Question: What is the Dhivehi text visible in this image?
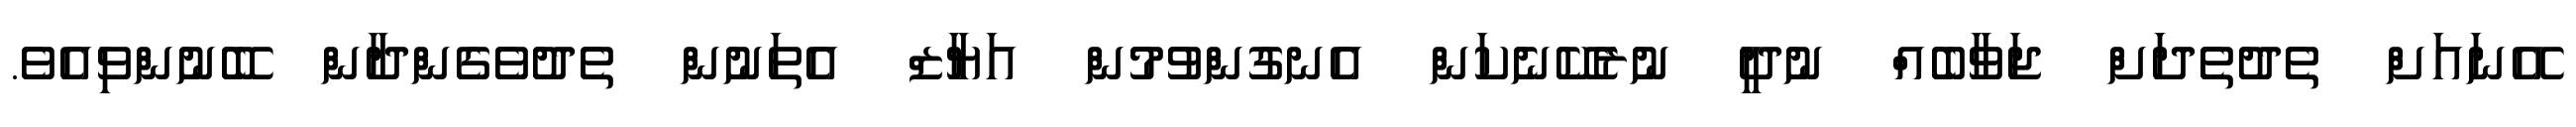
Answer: އޭނައަށް ތެދުތެދަށް ޖަވާބެއް ނުދީ ނުރެކޭނެކަން އެނގުންވުމުން އަޔާޒް އެތަނުން ތެދުވެގެންދާން ބޭނުންވިއެވެ.